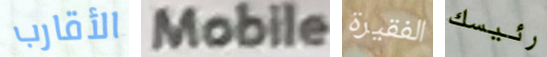
الأقارب Mobile الفقيرة رئيسك